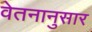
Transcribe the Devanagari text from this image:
वेतनानुसार